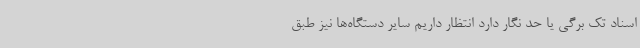
اسناد تک برگی یا حد نگار دارد انتظار داریم سایر دستگاه‌ها نیز طبق